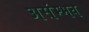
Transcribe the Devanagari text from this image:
असंम्भव